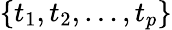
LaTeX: \left\{ t_{1},t_{2},\ldots,t_{p}\right\}